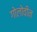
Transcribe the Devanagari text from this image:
गोलोवीन